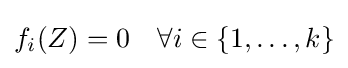
f_{i}(Z)=0\quad \forall i\in \{1,\dots ,k\}